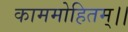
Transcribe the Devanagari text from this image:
काममोहितम्।।